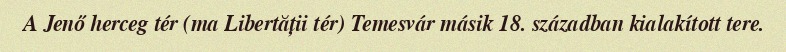
A Jenő herceg tér (ma Libertății tér) Temesvár másik 18. században kialakított tere.